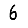
Digit: 6